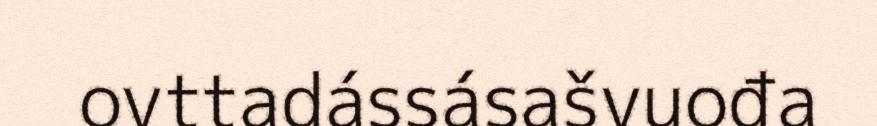
ovttadássásašvuođa